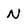
Character: N